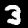
Digit: 3